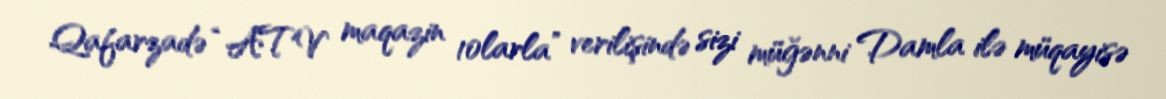
Qafarzadə “ATV maqazin 10larla” verilişində sizi müğənni Damla ilə müqayisə